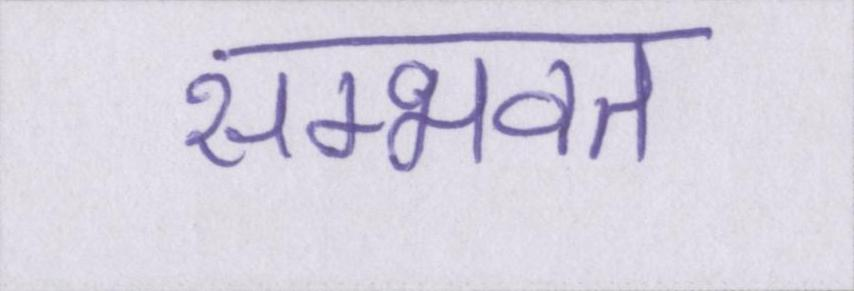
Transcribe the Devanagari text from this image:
सम्भवत